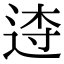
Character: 𨓣